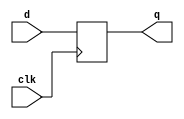
module my_dffn (
    input d,
    clk,
    output reg q
);
  initial q <= 1'b0;
  always @(negedge clk) q <= d;
endmodule